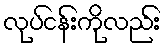
လုပ်ငန်းကိုလည်း